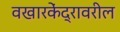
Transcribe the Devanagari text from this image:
वखारकेंद्रावरील